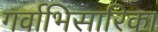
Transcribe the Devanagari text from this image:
गर्वाभिसारिका